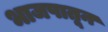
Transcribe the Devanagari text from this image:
भाजपातून